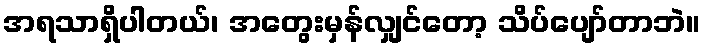
အရသာရှိပါတယ်၊ အတွေးမှန်လျှင်တော့ သိပ်ပျော်တာဘဲ။